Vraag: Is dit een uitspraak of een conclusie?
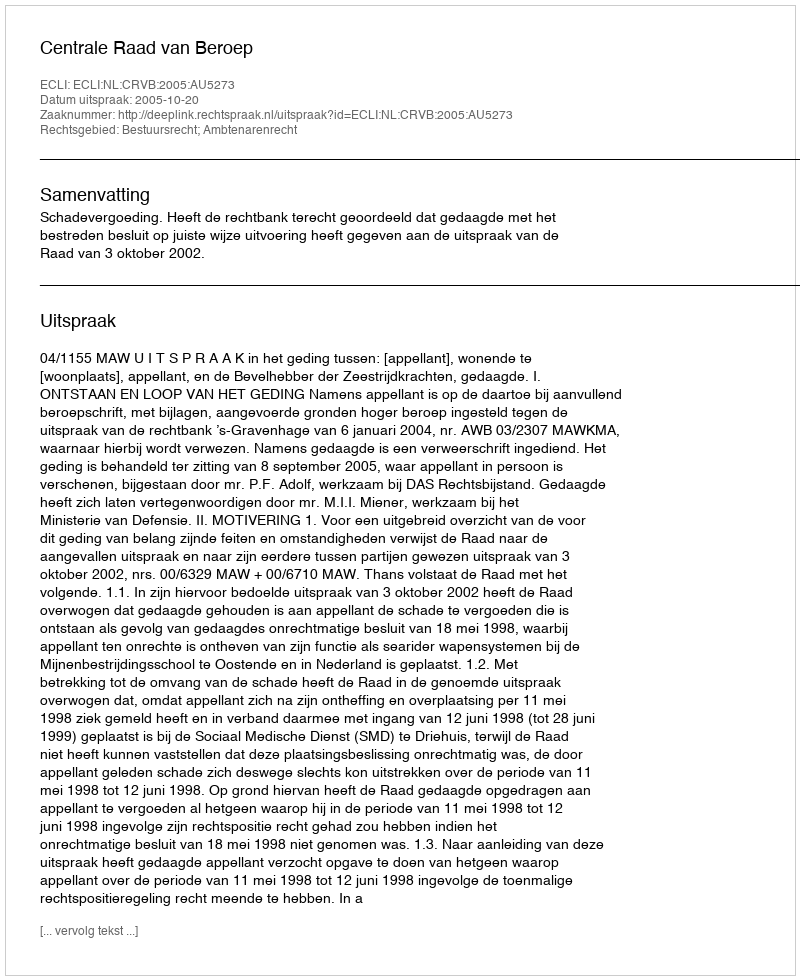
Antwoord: Uitspraak